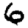
Digit: 6